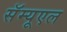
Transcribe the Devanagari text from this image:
सॅम्यूएल